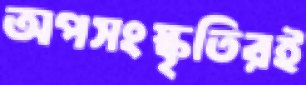
অপসংস্কৃতিরই